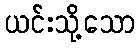
ယင်းသို့သော